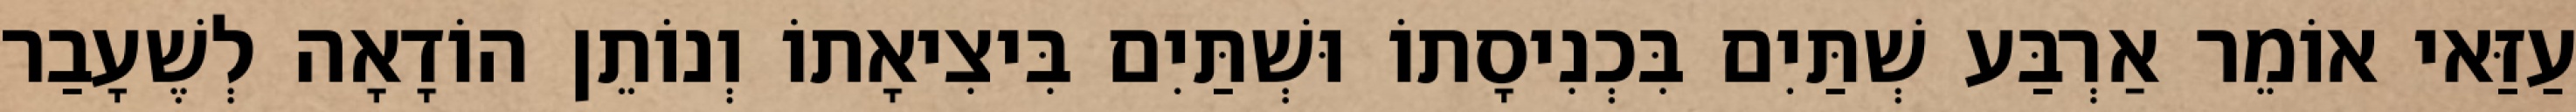
עַזַּאי אוֹמֵר אַרְבַּע שְׁתַּיִם בִּכְנִיסָתוֹ וּשְׁתַּיִם בִּיצִיאָתוֹ וְנוֹתֵן הוֹדָאָה לְשֶׁעָבַר